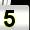
Digit: 5